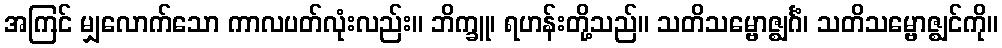
အကြင် မျှလောက်သော ကာလပတ်လုံးလည်း။ ဘိက္ခူ၊ ရဟန်းတို့သည်။ သတိသမ္ဗောဇ္ဈင်္ဂံ၊ သတိသမ္ဗောဇ္ဈင်ကို။